Scientific memoirs by medical officers of the Army of India - Part V,
Year: 1890
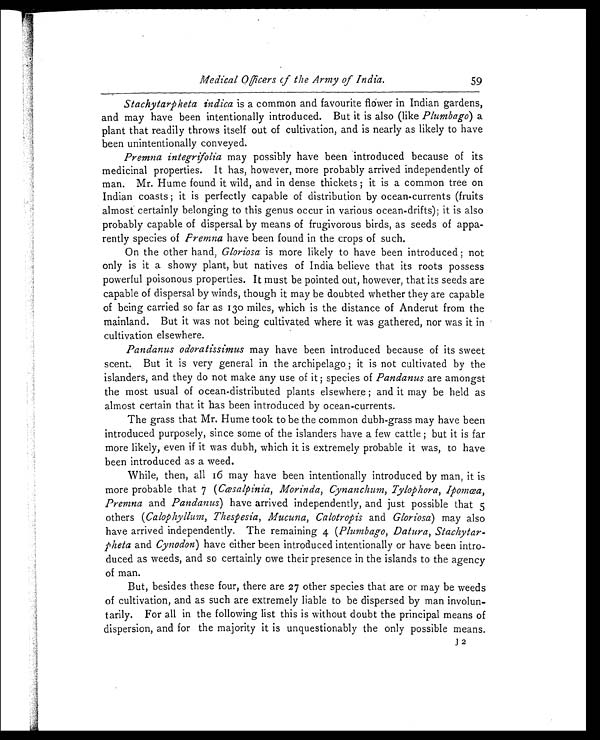
Medical Officers of the Army of India.
59
Stachytarpheta indica is a common and favourite flower in Indian gardens,
and may have been intentionally introduced. But it is also (like Plumbago) a
plant that readily throws itself out of cultivation, and is nearly as likely to have
been unintentionally conveyed.
Premna integrifolia may possibly have been introduced because of its
medicinal properties. It has, however, more probably arrived independently of
man. Mr. Hume found it wild, and in dense thickets; it is a common tree on
Indian coasts; it is perfectly capable of distribution by ocean-currents (fruits
almost certainly belonging to this genus occur in various ocean-drifts); it is also
probably capable of dispersal by means of frugivorous birds, as seeds of appa
- r e n t l y s p e c i e s o f
P r e m n a
h a v e b e e n f o u n d i n t h e c r o p s o f s u c h .
On the other hand, Gloriosa is more likely to have been introduced; not
only is it a showy plant, but natives of India believe that its roots possess
powerful poisonous properties. It must be pointed out, however, that its seeds are
capable of dispersal by winds, though it may be doubted whether they are capable
of being carried so far as 130 miles, which is the distance of Anderut from the
mainland. But it was not being cultivated where it was gathered, nor was it in
cultivation elsewhere.
Pandanus odoratissimus may have been introduced because of its sweet
scent. But it is very general in the archipelago; it is not cultivated by the
islanders, and they do not make any use of it; species of Pandanus are amongst
the most usual of ocean-distributed plants elsewhere; and it may be held as
almost certain that it has been introduced by ocean-currents.
The grass that Mr. Hume took to be the common dubh-grass may have been
introduced purposely, since some of the islanders have a few cattle; but it is far
more likely, even if it was dubh, which it is extremely probable it was, to have
been introduced as a weed.
Whi l e , t he n, a l l 16 ma y ha ve be e n i nt e nt i ona l l y i nt r oduc e d by ma n, i t i s
more probable that 7 (Cœsalpinia, Morinda, Cynanchum, Tylophora, Ipomœa,
Premna and Pandanus) have arrived independently, and just possible that 5
others (Calophyllum, Thespesia, Mucuna, Calotropis and Gloriosa) may also
have arrived independently. The remaining 4 (Plumbago, Datura, Stachytar
-theta and Cynodon) have either been introduced intentionally or have been intro
-duced as weeds, and so certainly owe their presence in the islands to the agency
of man.
But, besides these four, there are 27 other species that are or may be weeds
of cultivation, and as such are extremely liable to be dispersed by man involun
-tarily. For all in the following list this is without doubt the principal means of
dispersion, and for the majority it is unquestionably the only possible means.
J2